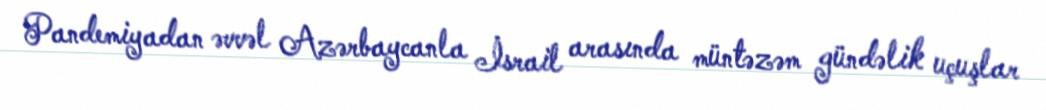
Pandemiyadan əvvəl Azərbaycanla İsrail arasında müntəzəm gündəlik uçuşlar